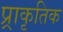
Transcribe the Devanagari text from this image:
प्र्राकृतिक